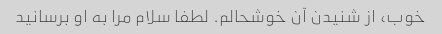
خوب، از شنیدن آن خوشحالم. لطفا سلام مرا به او برسانید